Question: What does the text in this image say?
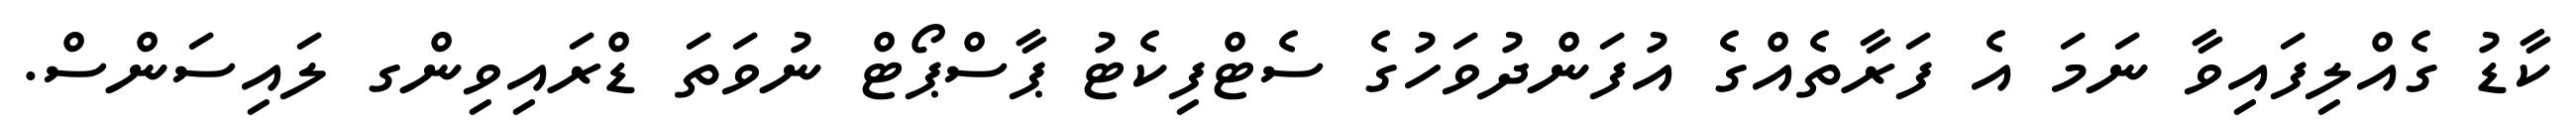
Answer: ކާޑު ގެއްލިފައިވާ ނަމަ އެ ފަރާތެއްގެ އުފަންދުވަހުގެ ސެޓްފިކެޓު ޕާސްޕޯޓް ނުވަތަ ޑްރައިވިންގ ލައިސަންސް.